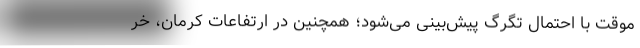
موقت با احتمال تگرگ پیش‌بینی می‌شود؛ همچنین در ارتفاعات کرمان، خر